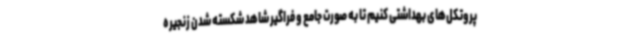
پروتکل‌های بهداشتی کنیم تا به صورت جامع و فراگیر شاهد شکسته شدن زنجیره